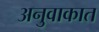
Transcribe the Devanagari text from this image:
अनुवाकात